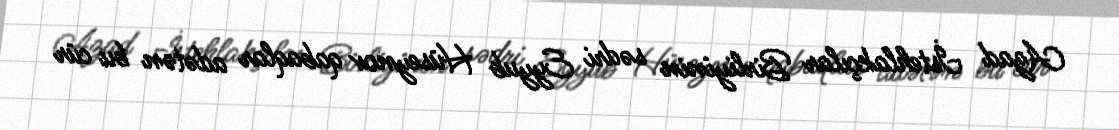
Azad İstehlakçılar Birliyinin sədri Eyyub Hüseynov qabaqlar adətən bu cür